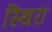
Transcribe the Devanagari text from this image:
स्थिरां